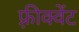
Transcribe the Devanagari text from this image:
फ़्रीक्वेंट